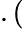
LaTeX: .(